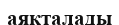
аякталады